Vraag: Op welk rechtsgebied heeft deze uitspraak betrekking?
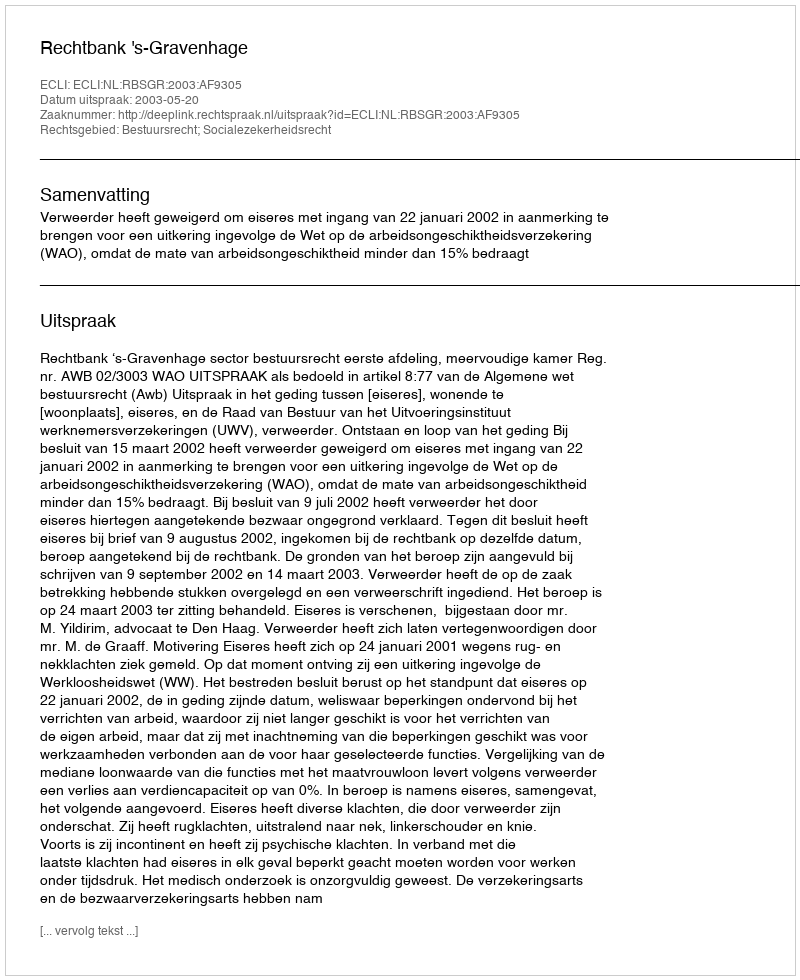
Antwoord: Bestuursrecht; Socialezekerheidsrecht